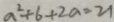
a ^ { 2 } + 6 + 2 a = 2 1